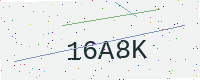
Text: 16A8K